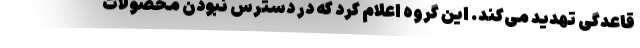
قاعدگی تهدید می‌کند. این گروه اعلام کرد که در دسترس نبودن محصولات